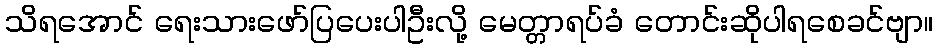
သိရအောင် ရေးသားဖော်ပြပေးပါဦးလို့ မေတ္တာရပ်ခံ တောင်းဆိုပါရစေခင်ဗျာ။